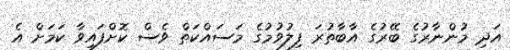
އަދި މުންނާރުގެ ބޭރުގެ އާބާތުރަ ފިލުވުމުގެ މަސައްކަތް ވެސް ކޮށްފައިވާ ކަމަށް އެ